Leaving Certificate Examination (including Day School Certificate (Higher) General paper), 1928
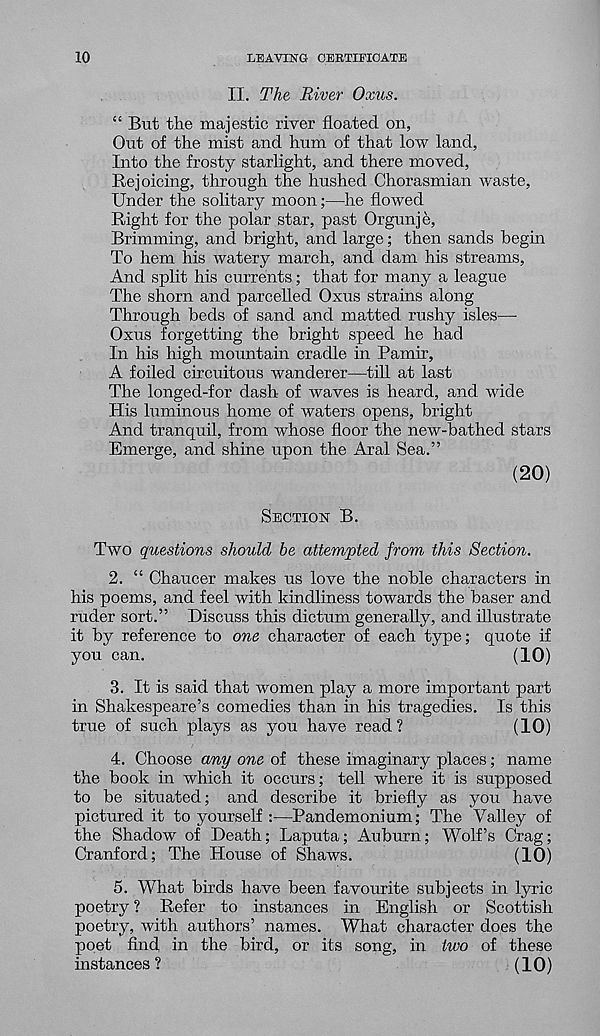
10
LEAVING CERTIFICATE
II. The River Oxus.
“ But the majestic river floated on.
Out of the mist and hum of that low land,
Into the frosty starlight, and there moved,
Rejoicing, through the hushed Chorasmian waste,
Under the solitary moon;—he flowed
Right for the polar star, past Orgunje,
Brimming, and bright, and large; then sands begin
To hem his watery march, and dam his streams,
And split his currents; that for many a league
The shorn and parcelled Oxus strains along
Through beds of sand and matted rushy isles—
Oxus forgetting the bright speed he had
In his high mountain cradle in Pamir,
A foiled circuitous wanderer—till at last
The longed-for dash of waves is heard, and wide
His luminous home of waters opens, bright
And tranquil, from whose floor the new-bathed stars
Emerge, and shine upon the Aral Sea.”
(20)
SECTION B.
Two questions should be attempted from this Section.
2. “ Chaucer makes us love the noble characters in
his poems, and feel with kindliness towards the baser and
ruder sort.” Discuss this dictum generally, and illustrate
it by reference to one character of each type; quote if
you can.
(10)
3. It is said that women play a more important part
in Shakespeare’s comedies than in his tragedies. Is this
true of such plays as you have read?
(10)
4. Choose any one of these imaginary places; name
the book in which it occurs; tell where it is supposed
to be situated; and describe it briefly as you have
pictured it to yourself :—Pandemonium; The Valley of
the Shadow of Death; Laputa; Auburn; Wolf’s Crag;
Cranford; The House of Shaws.
(10)
5. What birds have been favourite subjects in lyric
poetry ? Refer to instances in English or Scottish
poetry, with authors’ names. What character does the
poet find in the bird, or its song, in two of these
instances ?
(10)